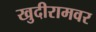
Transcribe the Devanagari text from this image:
खुदीरामवर